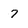
Character: 7